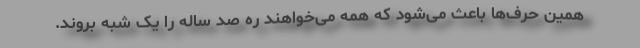
همین حرف‌ها باعث می‌شود که همه می‌خواهند ره صد ساله را یک شبه بروند.